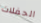
الحفلات